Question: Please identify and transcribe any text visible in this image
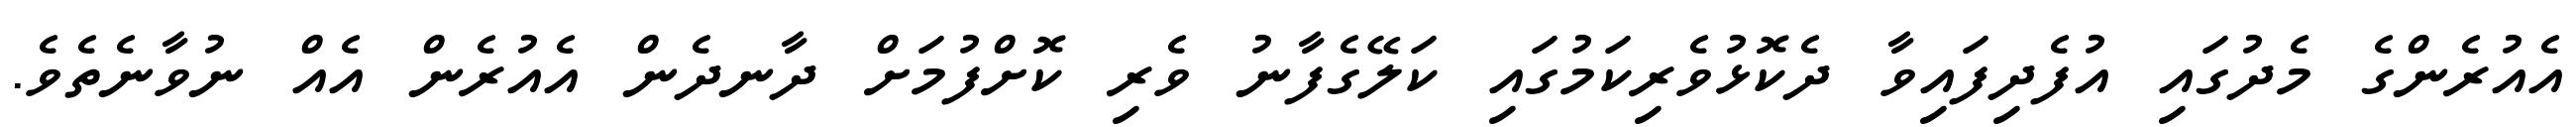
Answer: އެއުރެންގެ މެދުގައި އުފެދިފައިވާ ދެކޮޅުވެރިކަމުގައި ކަލޭގެފާނު ވެރި ކޮށްފުމަށް ދާނދެން އެއުރެން އެއް ނުވާނެތެވެ.